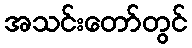
အသင်းတော်တွင်